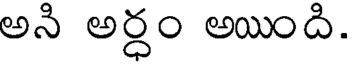
అని అర్ధం అయింది.